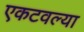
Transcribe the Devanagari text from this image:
एकटवल्या